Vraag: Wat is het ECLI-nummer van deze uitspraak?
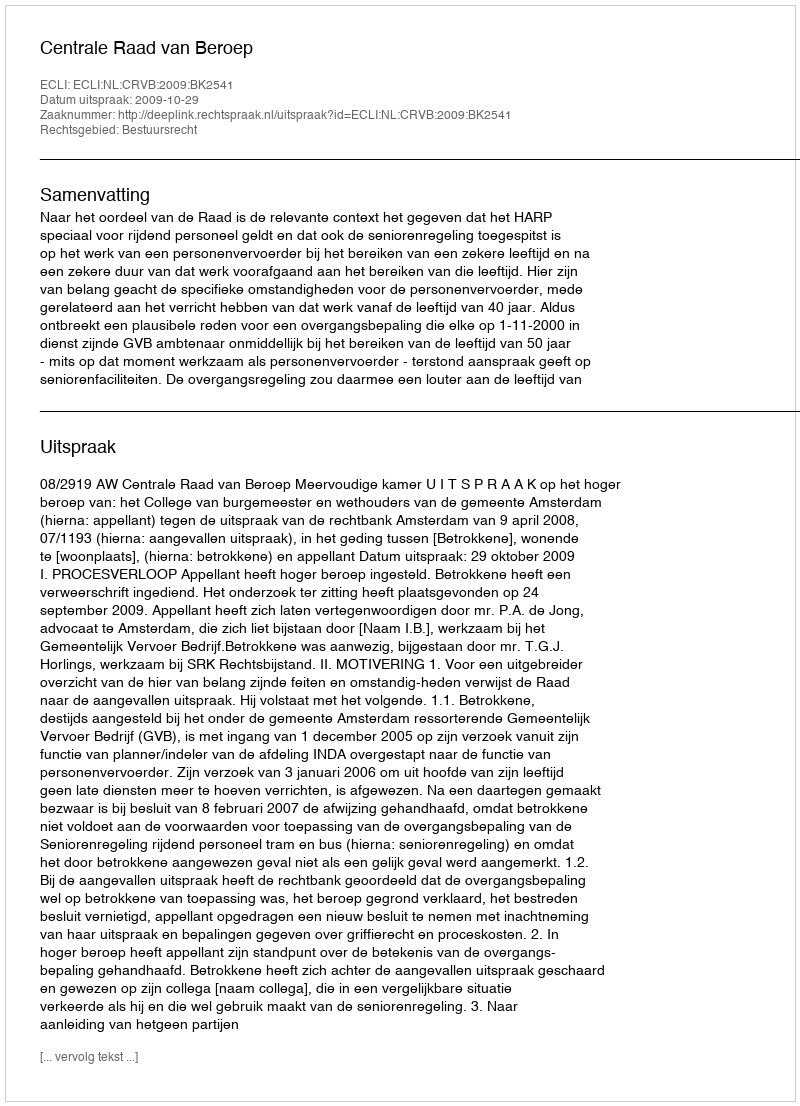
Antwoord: ECLI:NL:CRVB:2009:BK2541